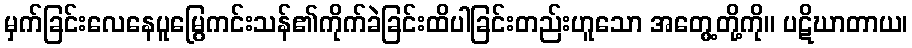
မှက်ခြင်းလေနေပူမြွေကင်းသန်၏ကိုက်ခဲခြင်းထိပါခြင်းတည်းဟူသော အတွေ့တို့ကို။ ပဋိဃာတာယ၊